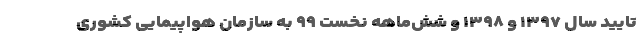
تایید سال ۱۳۹۷ و ۱۳۹۸ و شش‌ماهه نخست ۹۹ به سازمان هواپیمایی کشوری